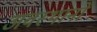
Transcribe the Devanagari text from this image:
अवस्थानों